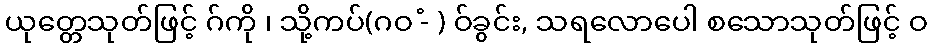
ယုတ္တေသုတ်ဖြင့် ဂ်ကို ၊ သို့ကပ်(ဂဝ -ံ ) ဝ်ခွင်း, သရလောပေါ စသောသုတ်ဖြင့် ဝ